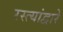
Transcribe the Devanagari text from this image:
रस्त्यांद्वारे